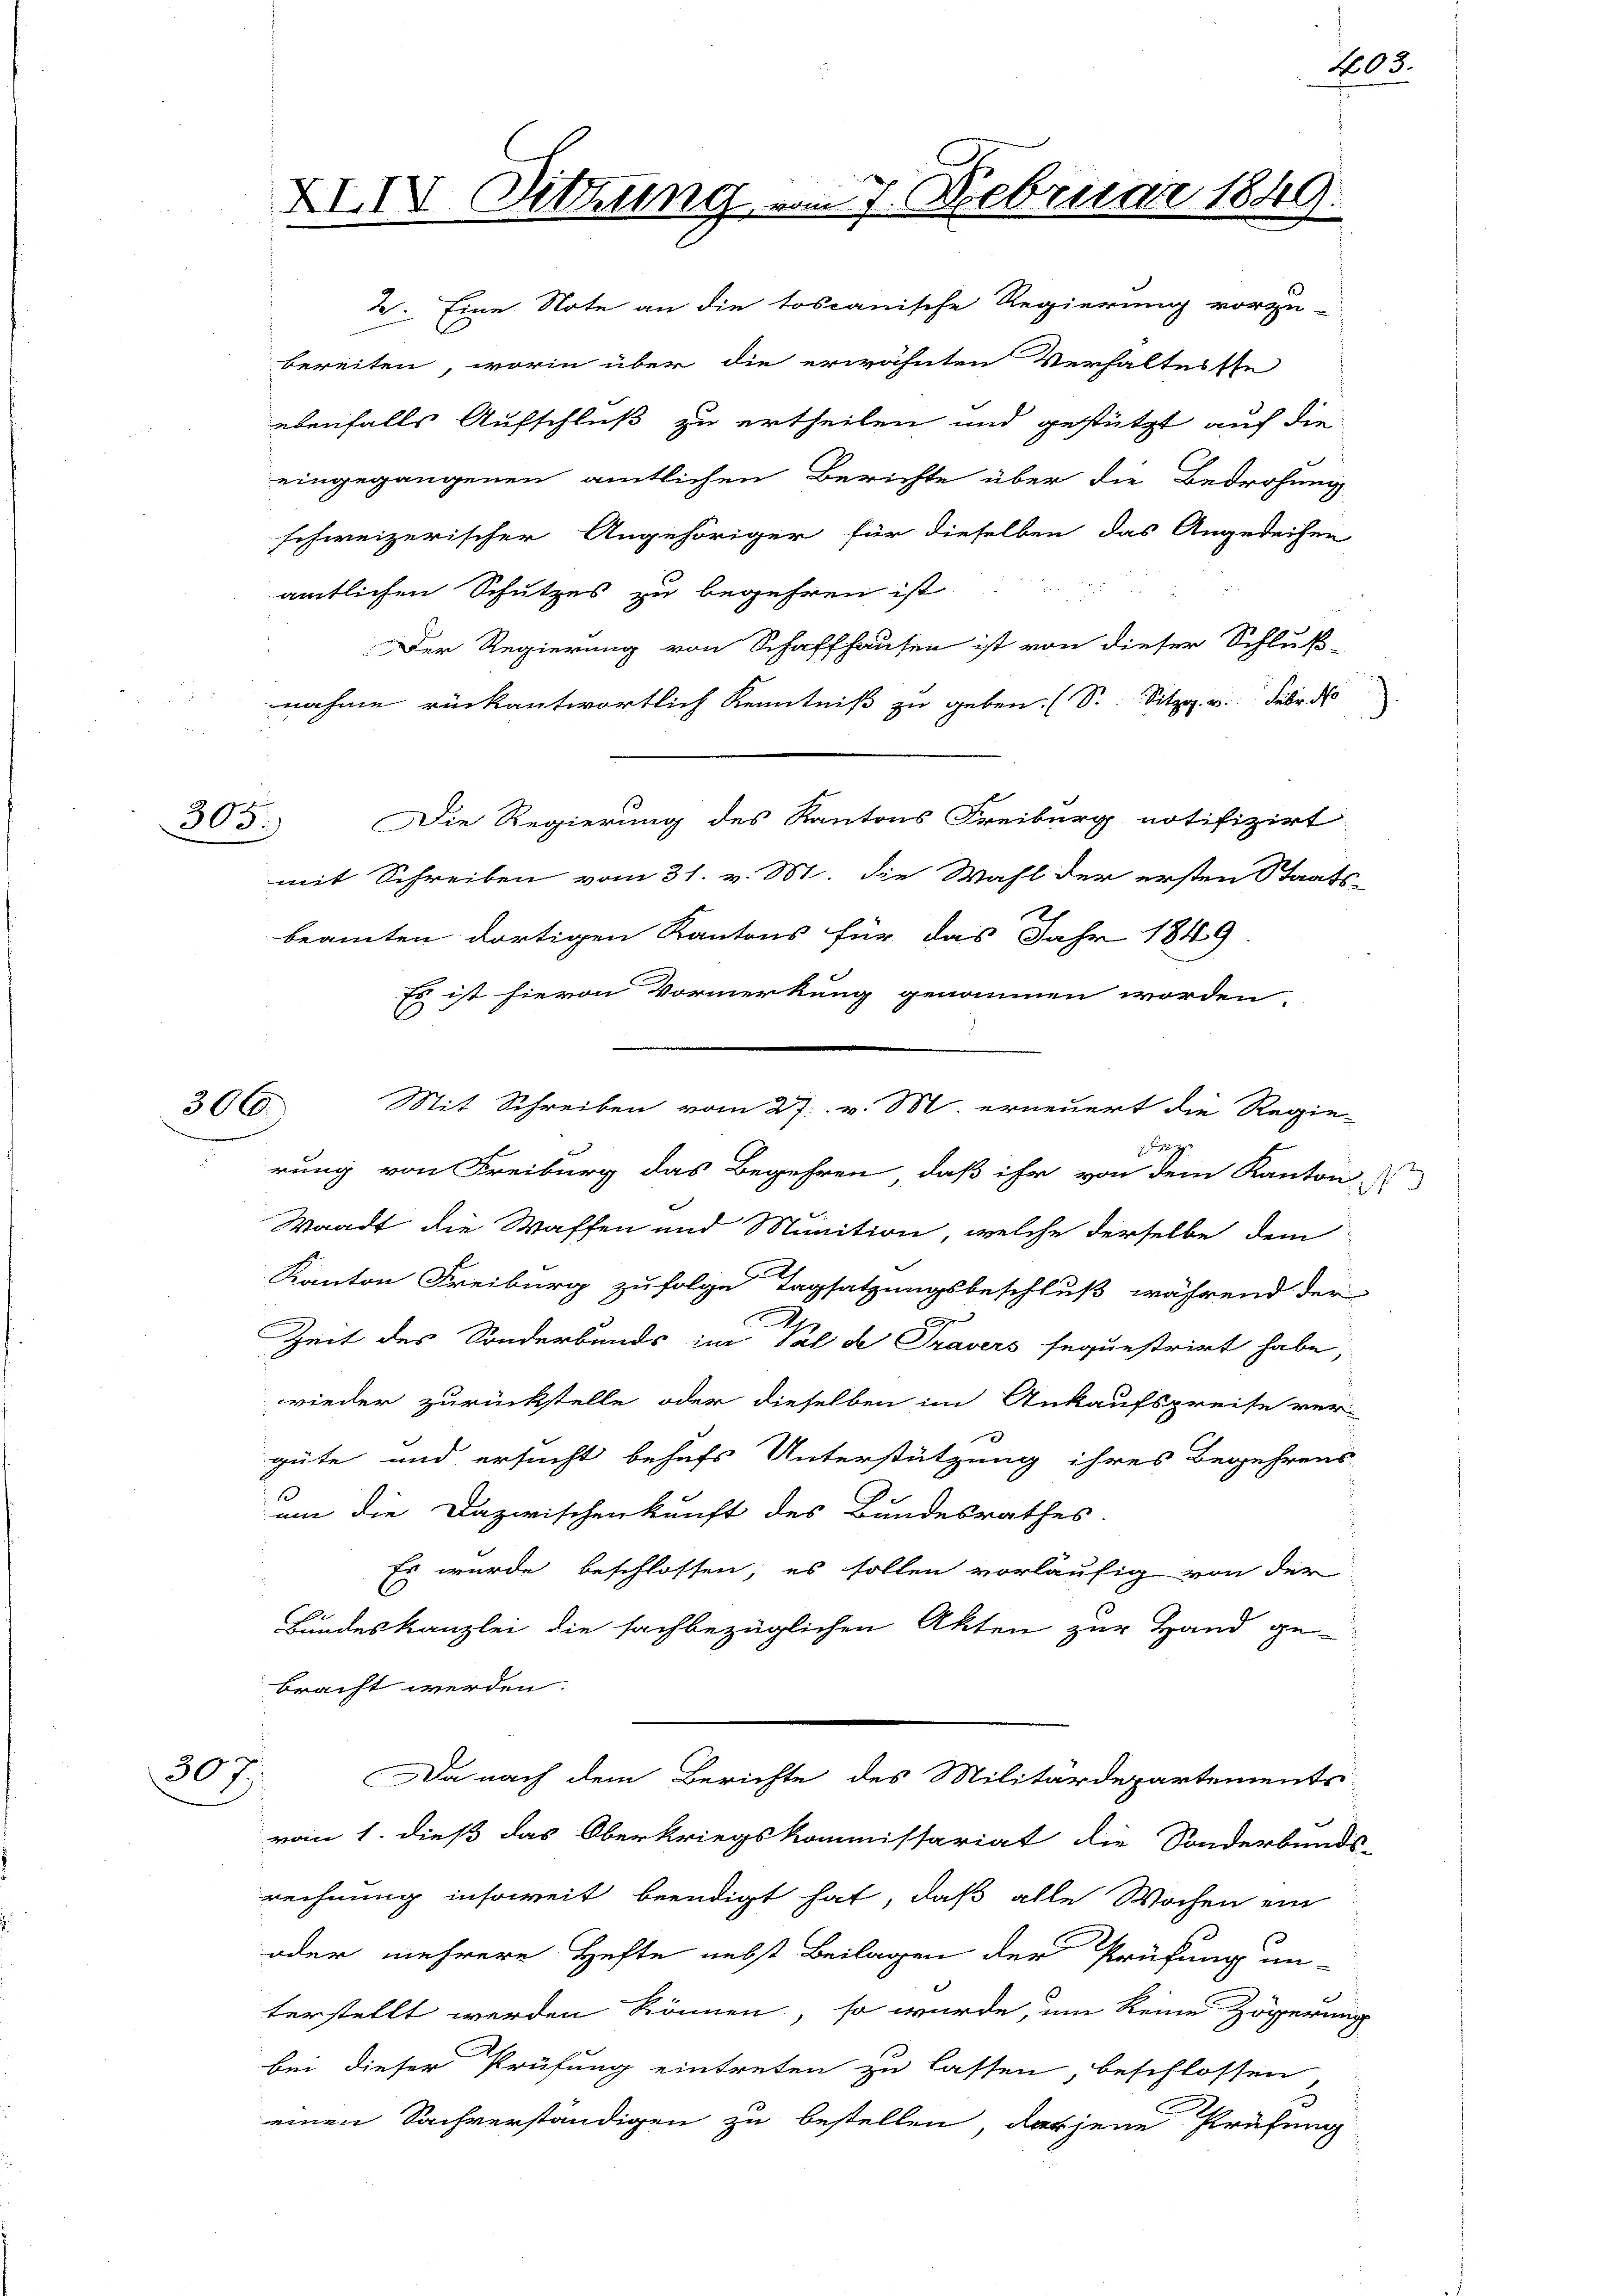
305.

307

XXIV. Sitzung vom 7. Februar 184

2. Eine Note an die toscanische Regierung vorzu-
bereiten, worin über die erwähnten Verhaltes ste
ebenfalls Aufschluß zu ertheilen und gestützt auf die
eingegangenen amtlichen Berichte über die Bedrohung
schweizerischer Angehöriger für dieselben das Angedeihen
amtlichen Schutzes zu begehren ist.
Der Regierung von Schaffhausen ist von dieser Schluß-
nahme rückantwortlich Kenntniß zu geben. (S. Sitzg. v. Febr. d
Die Regierung des Kantons Freiburg notifizirt
mit Schreiben vom 31. v. M. die Wahl der ersten Staats-
beamten dortigen Kantons für das Jahr 1849
Es ist hievon Vormerkung genommen worden.
rung von Freiburg das Begehren, daß ihr von dem Kanton
Waadt die Waffen und Munition, welche derselbe dem
Kanton Freiburg zufolge Tagsatzungsbeschluß während der
e
Zeit des Sonderbands in Val de Travers sequestrirt habe,
wieder zurückstelle oder dieselben im Ankaufspreise ver-
güte und ersucht behufs Unterstützung ihres Begehrens
um die Dazwischenkunft des Bundesrathes.
Es wurde beschlossen, es sollen vorläufig von der
Bundeskanzlei die sachbezüglichen Akten zur Hand ge-
bracht werden.
Da nach dem Berichte des Militärdepartements
vom 1. dieß das Oberkriegskommissariat die Sonderbands-
rechnung insoweit beendigt hat, daß alle Wochen ein
oder mehrere Hefte nebst Beilagen der Prüfung un-
terstellt werden können, so würde, um keine Zögerung
bei dieser Prüfung eintreten zu lassen, beschlossen
einen Sachverständigen zu bestellen, derjene Prüfung

30. Mit Schreiben vom 27. v. M. erneuert die Regie-
Fo

403.